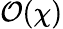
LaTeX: \mathcal O(\chi)